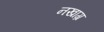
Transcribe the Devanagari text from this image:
नखाग्र